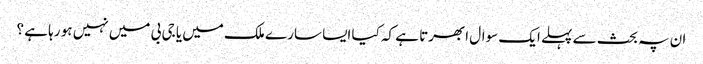
ان پہ بحث سے پہلے ایک سوال ابھرتا ہے کہ کیا ایسا سارے ملک میں یا جی بی میں نہیں ہو رہا ہے ؟